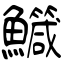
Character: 鱵